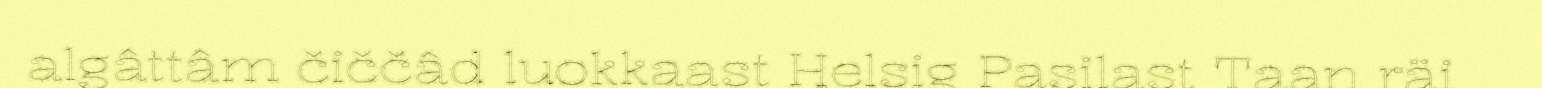
algâttâm čiččâd luokkaast Helsig Pasilast Taan räi